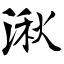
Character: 湫